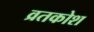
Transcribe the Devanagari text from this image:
व्रतकोश